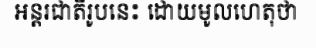
អន្តរជាតិរូបនេះ ដោយមូលហេតុថា